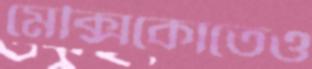
মেক্সিকোতেও